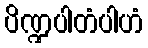
ပိဏ္ဍပါတံပါဟံ